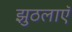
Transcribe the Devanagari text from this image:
झुठलाएॅ